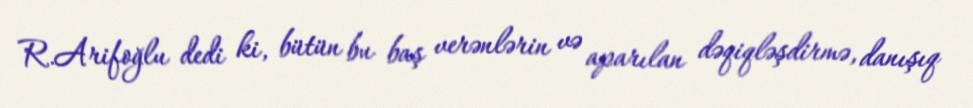
R.Arifoğlu dedi ki, bütün bu baş verənlərin və aparılan dəqiqləşdirmə, danışıq